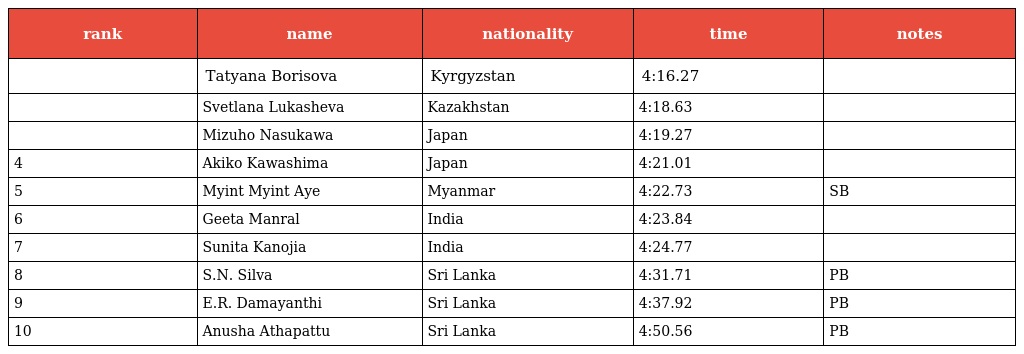
| rank | name | nationality | time | notes |
 | --- | --- | --- | --- | --- |
 |  | Tatyana Borisova | Kyrgyzstan | 4:16.27 |  |
 |  | Svetlana Lukasheva | Kazakhstan | 4:18.63 |  |
 |  | Mizuho Nasukawa | Japan | 4:19.27 |  |
 | 4 | Akiko Kawashima | Japan | 4:21.01 |  |
 | 5 | Myint Myint Aye | Myanmar | 4:22.73 | SB |
 | 6 | Geeta Manral | India | 4:23.84 |  |
 | 7 | Sunita Kanojia | India | 4:24.77 |  |
 | 8 | S.N. Silva | Sri Lanka | 4:31.71 | PB |
 | 9 | E.R. Damayanthi | Sri Lanka | 4:37.92 | PB |
 | 10 | Anusha Athapattu | Sri Lanka | 4:50.56 | PB |